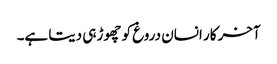
آخر کار انسان دروغ کو چھوڑ ہی دیتا ہے۔